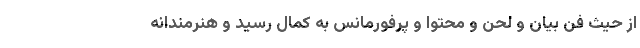
از حیث فن بیان و لحن و محتوا و پرفورمانس به کمال رسید و هنرمندانه